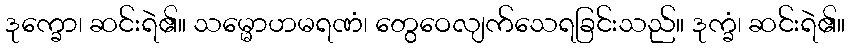
ဒုက္ခော၊ ဆင်းရဲ၏။ သမ္မောဟမရဏံ၊ တွေဝေလျက်သေရခြင်းသည်။ ဒုက္ခံ၊ ဆင်းရဲ၏။